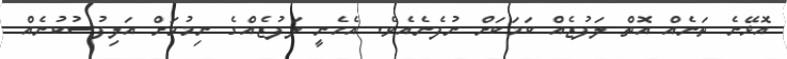
އޮޅޭނެ ތަނެއް އޮތް ލަފުޒެއް ކަމަކަށް ނުފެނެއެވެ. އެހެނީ ލަފުޒެއްގެ ނިމުމަށް އަލިފުސުކުނެއް